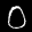
Label: 0